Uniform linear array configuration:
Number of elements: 32
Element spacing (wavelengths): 0.25
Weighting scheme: hann
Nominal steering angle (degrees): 30
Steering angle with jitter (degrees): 30.525
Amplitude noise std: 0.05
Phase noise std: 0.05

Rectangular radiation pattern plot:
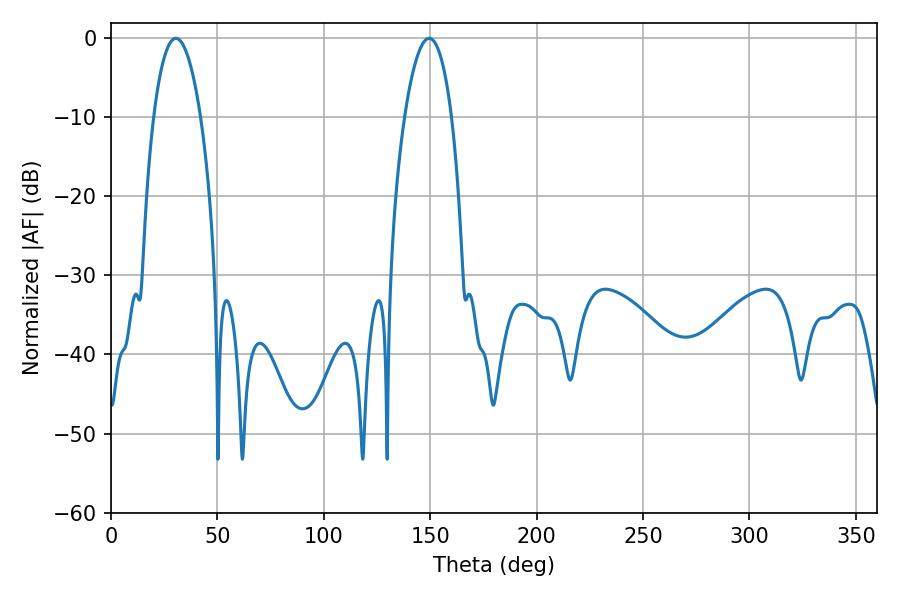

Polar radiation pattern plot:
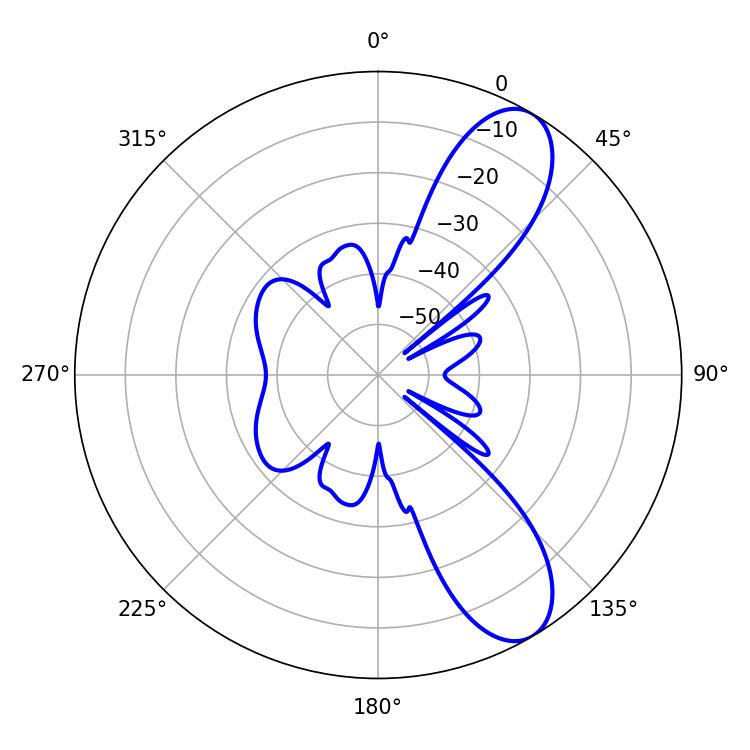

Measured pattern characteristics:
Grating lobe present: FALSE
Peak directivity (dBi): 9.344
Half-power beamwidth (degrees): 12.42
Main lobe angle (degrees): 30.42